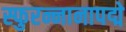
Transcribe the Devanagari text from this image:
स्फुरन्नानापद्मे